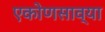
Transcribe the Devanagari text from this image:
एकोणसाव्या